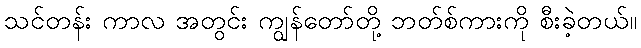
သင်တန်း ကာလ အတွင်း ကျွန်တော်တို့ ဘတ်စ်ကားကို စီးခဲ့တယ်။